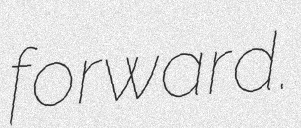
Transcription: forward.